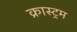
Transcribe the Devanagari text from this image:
क्रास्ट्रम